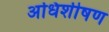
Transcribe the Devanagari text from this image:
अधिशीषण